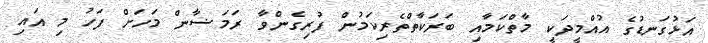
އަޅުގަނޑުގެ އުއްމީދަކީ މާތްކަމާއި ބަރަކާތްތެރިކަމުން ފުރިގެންވާ ރަމަޟާން މަހަށް ފަހު މި އައި